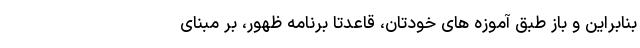
بنابراین و باز طبق آموزه های خودتان، قاعدتاً برنامه ظهور، بر مبنای